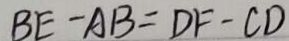
B E - A B = D F - C D